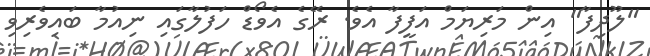
"ލޫދިފާ" އިން މަރިޔަމް އަފީފާ އެވެ. ރޭގެ އެވޯޑް ހަފުލާގައި ނިއުމާ ބައިވެރިވި